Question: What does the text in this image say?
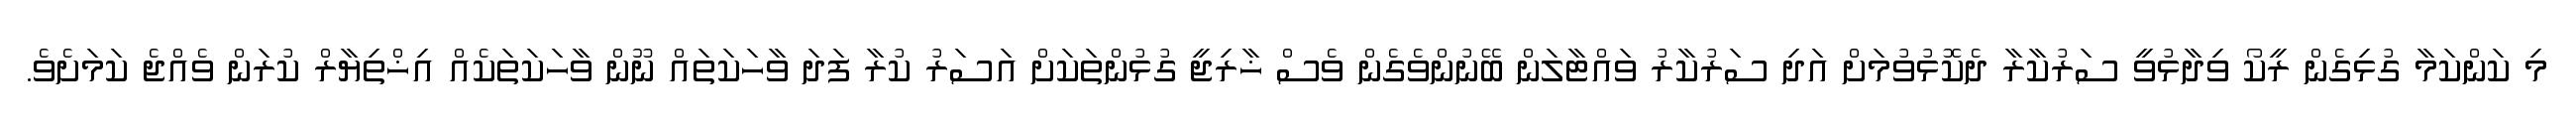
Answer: މި ކަންކަމާ ގުޅިގެން ރީކޯ ވިދާޅުވީ ސަރުކާރާ ދެކޮޅުވުމަށް އަދި ސަރުކާރު ވައްޓާލަން ބޭނުންވެގެން ވެސް ޚާރިޖީ ގުޅުންތަކަށް އަސަރު ކުރާ ފަދަ ވާހަކަތައް ނޫން ވާހަކަތަކެއް އިޚްތިޔާރް ކުރަން ވެއްޖެ ކަމަށެވެ.